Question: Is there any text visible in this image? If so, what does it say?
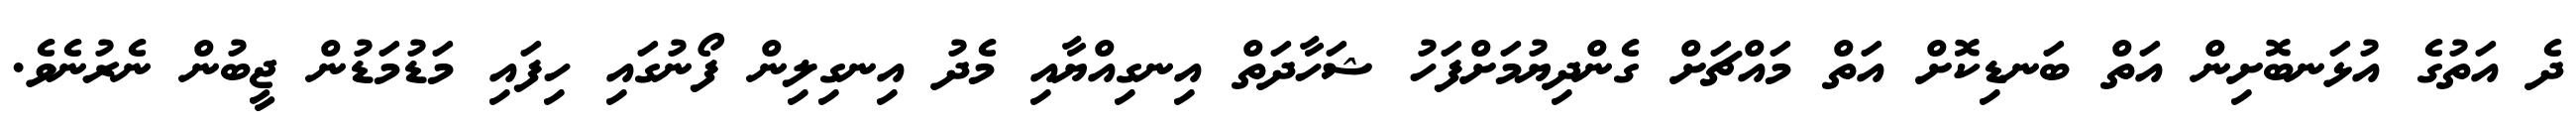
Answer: ދެ އަތުގެ އުޅަނބޮށިން އަތް ބަނޑިކޮށް އަތް މައްޗަށް ގެންދިޔުމަށްފަހު ޝަހާދަތް އިނގިއްޔާއި މެދު އިނގިލިން ފޯނުގައި ހިފައި މަޑުމަޑުން ޖީބުން ނެރުނެވެ.